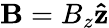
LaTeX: \mathbf{B}=B_{z}\mathbf{\hat{z}}